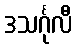
ဒသင်္ဂုလီ